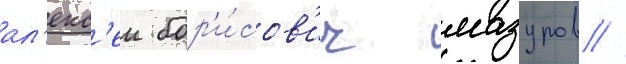
ал'екс'еи бор'и́сов'ич мазуров //